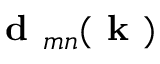
\textbf { d } _ { m n } ( { \textbf { k } } )